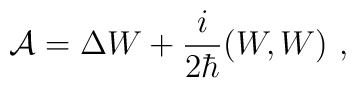
{\cal A}=\Delta W +\frac{i}{2\hbar }(W,W) \ ,